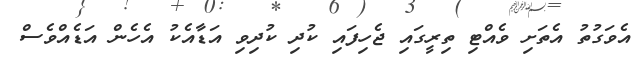
އެވަގުތު އެތަށި ވެއްޓި ތިރީގައި ޖެހިފައި ކުދި ކުދިވި އަޑާއެކު އެހެން އަޑެއްވެސް